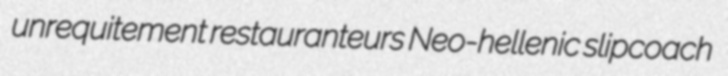
unrequitement restauranteurs Neo-hellenic slipcoach